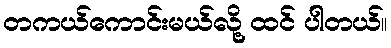
တကယ်ကောင်းမယ်လို့ ထင် ပါတယ်။